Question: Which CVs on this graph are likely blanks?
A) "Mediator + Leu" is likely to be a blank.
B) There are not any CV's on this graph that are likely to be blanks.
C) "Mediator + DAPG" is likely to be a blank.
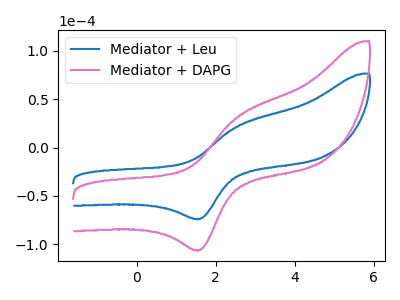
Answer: <think>The blue curve "Mediator + Leu" has an anodic peak at (2.55V, 21.95uA) and a cathodic peak at (1.60V, -73.75uA). The pink curve "Mediator + DAPG" has an anodic peak at (2.55V, 31.55uA) and a cathodic peak at (1.60V, -105.95uA).</think>
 <answer>B) There are not any CV's on this graph that are likely to be blanks.</answer>
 <eval>B</eval>